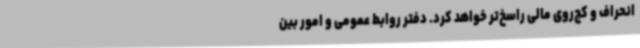
انحراف و کج‌روی مالی راسخ‌تر خواهد کرد. دفتر روابط عمومی و امور بین